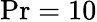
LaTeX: \mathrm{Pr}=10